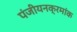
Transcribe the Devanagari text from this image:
पंजीयनक्रमांक